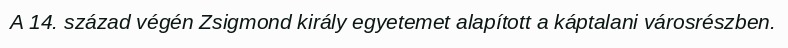
A 14. század végén Zsigmond király egyetemet alapított a káptalani városrészben.